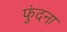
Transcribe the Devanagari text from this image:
फुंदना